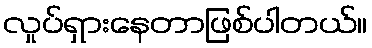
လှုပ်ရှားနေတာဖြစ်ပါတယ်။